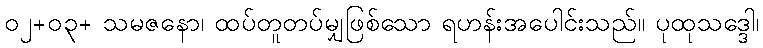
၀၂+၀၃+ သမဇနော၊ ထပ်တူတပ်မျှဖြစ်သော ရဟန်းအပေါင်းသည်။ ပုထုသဒ္ဒေါ၊